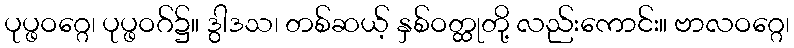
ပုပ္ဖဝဂ္ဂေ၊ ပုပ္ဖဝဂ်၌။ ဒွါဒသ၊ တစ်ဆယ့် နှစ်ဝတ္ထုတို့ လည်းကောင်း။ ဗာလဝဂ္ဂေ၊